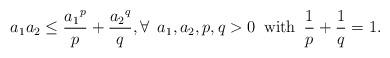
LaTeX: \begin{align*}a_1a_2\leq \frac{{a_1}^p}{p}+\frac{{a_2}^q}{q},\forall\,\,\, a_1,a_2,p,q>0\,\,\,\mathrm{with}\,\,\, \frac 1p+\frac 1q=1.\end{align*}